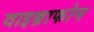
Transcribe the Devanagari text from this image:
वाइब्राफोन